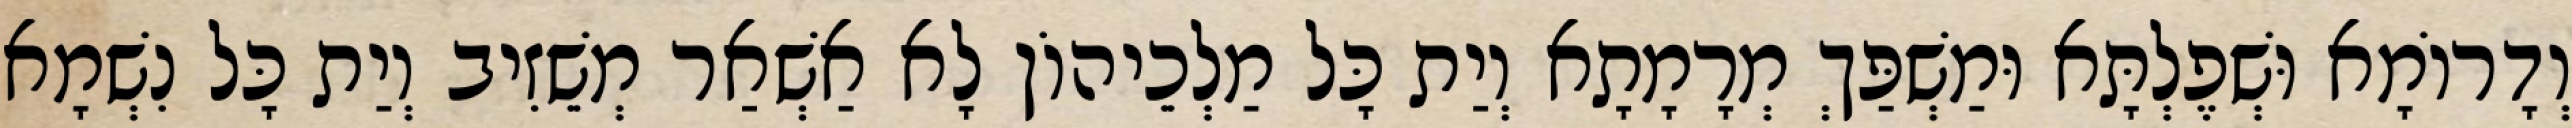
וְדָרוֹמָא וּשְׁפֶלְתָּא וּמַשְׁפַּךְ מְרָמָתָא וְיַת כָּל מַלְכֵיהוֹן לָא אַשְׁאַר מְשֵׁזִיב וְיַת כָּל נִשְׁמָא